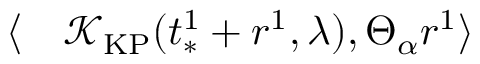
\begin{array} { r l } { \langle } & { { } \mathcal { K } _ { \mathrm { K P } } ( t _ { * } ^ { 1 } + r ^ { 1 } , \lambda ) , \Theta _ { \alpha } r ^ { 1 } \rangle } \end{array}